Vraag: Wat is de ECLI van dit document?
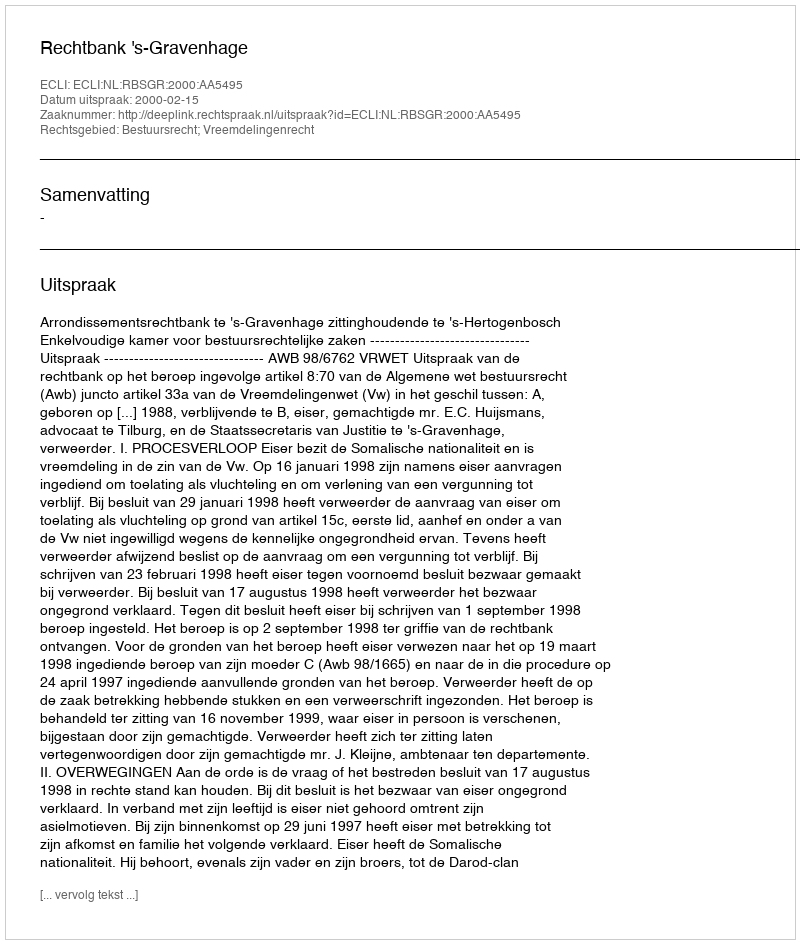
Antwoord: ECLI:NL:RBSGR:2000:AA5495